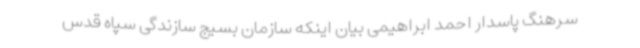
سرهنگ پاسدار احمد ابراهیمی بیان اینکه سازمان بسیج سازندگی سپاه قدس